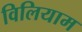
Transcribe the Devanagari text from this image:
विलियाम